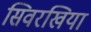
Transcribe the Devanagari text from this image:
सिवरखिया